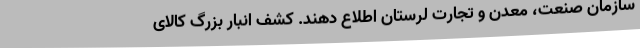
سازمان صنعت، معدن و تجارت لرستان اطلاع دهند. کشف انبار بزرگ کالای